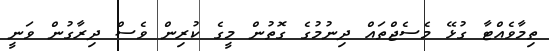
ތިމާވެއްޓާ ގުޅޭ މެސެޖްތައް ދިނުމުގެ ގޮތުން މީގެ ކުރިން ވެސް ދިރާގުން ވަނީ